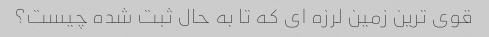
قوی ترین زمین لرزه ای که تا به حال ثبت شده چیست؟